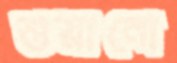
শুয়ানো